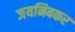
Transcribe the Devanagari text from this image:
जयनिबकर